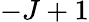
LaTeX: -J+1